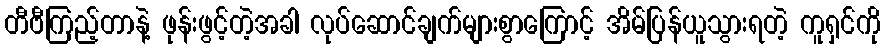
တီဗီကြည့်တာနဲ့ ဖုန်းဖွင့်တဲ့အခါ လုပ်ဆောင်ချက်များစွာကြောင့် အိမ်ပြန်ယူသွားရတဲ့ ကူရှင်ကို